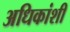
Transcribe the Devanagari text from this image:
अधिकांशी